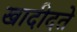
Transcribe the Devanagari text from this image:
खादीदते